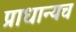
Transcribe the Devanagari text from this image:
प्राधान्यच